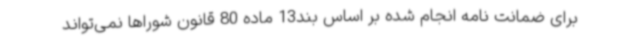
برای ضمانت نامه انجام شده بر اساس بند13 ماده 80 قانون شوراها نمی‌تواند